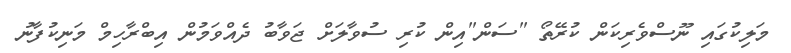
މަލިކުގައި ނޫސްވެރިކަން ކުރޭތޯ "ސަން"އިން ކުރި ސުވާލަށް ޖަވާބު ދެއްވަމުން އިބްރާހިމް މަނިކުފާނު